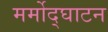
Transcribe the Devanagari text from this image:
मर्मोद्घाटन